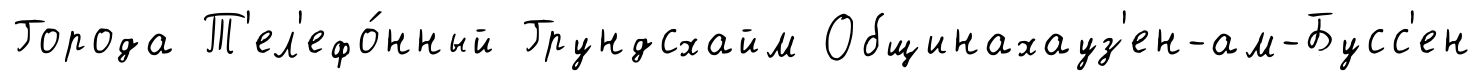
Города Т'ел'ефо́нный Грундсхайм Общинахауз'ен-ам-Бусс'ен